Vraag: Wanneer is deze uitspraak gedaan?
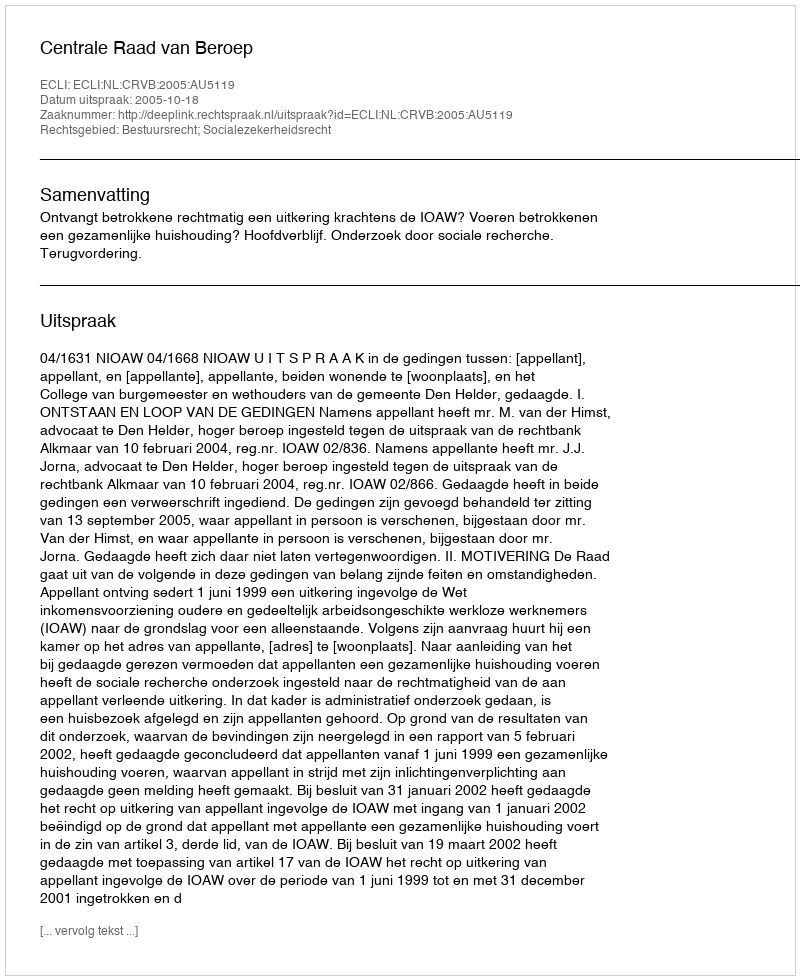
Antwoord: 2005-10-18